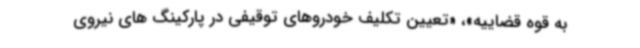
به قوه قضاییه»، «تعیین تکلیف خودروهای توقیفی در پارکینگ های نیروی